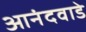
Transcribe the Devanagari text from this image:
आनंदवाडे